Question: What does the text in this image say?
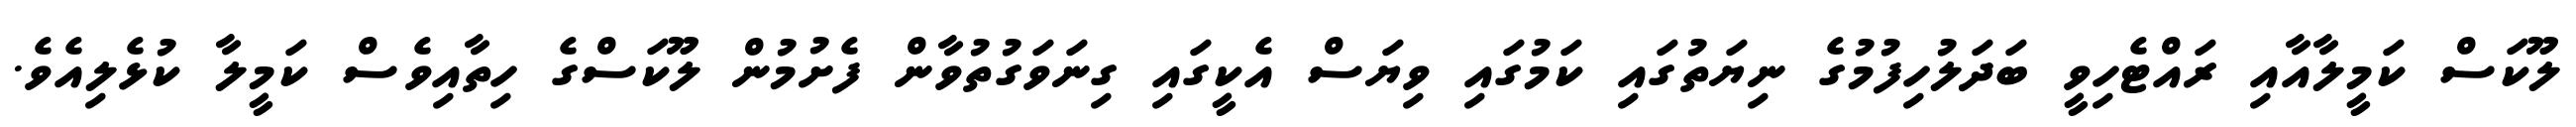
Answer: ލޫކަސް ކަމީލާއާއި ރައްޓެހިވީ ބަދަލުހިފުމުގެ ނިޔަތުގައި ކަމުގައި ވިޔަސް އެކީގައި ގިނަވަގުތުވާން ފެށުމުން ލޫކަސްގެ ހިތާއިވެސް ކަމީލާ ކުޅެލިއެވެ.